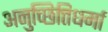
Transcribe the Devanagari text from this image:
अनुच्छित्तिधर्मा